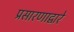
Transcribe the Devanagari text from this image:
प्रसारणाद्वारे